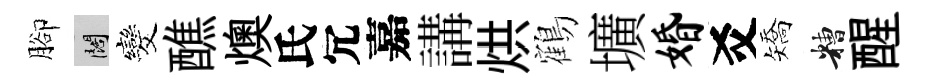
腳闊发醮燠氏冗嘉講烘鶴壙婚爻矯糟醒